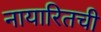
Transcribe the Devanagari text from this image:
नायारितची